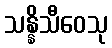
သန္နိသီဝေသု